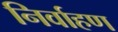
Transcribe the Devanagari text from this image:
निर्वाहण